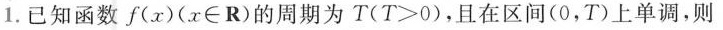
1.已知函数f ( x) ( x \in R)的周期为T($$T > 0$$)，且在区间(0，T)上单调，则